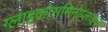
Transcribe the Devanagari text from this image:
ग्लाइकोसमिनोग्लाइकन